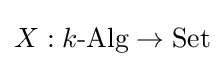
X:k{\text{-Alg}}\to \mathrm {Set}